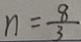
n = \frac { 8 } { 3 }